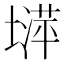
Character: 𡐵